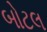
બોટલ